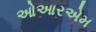
ઓઆરએમ